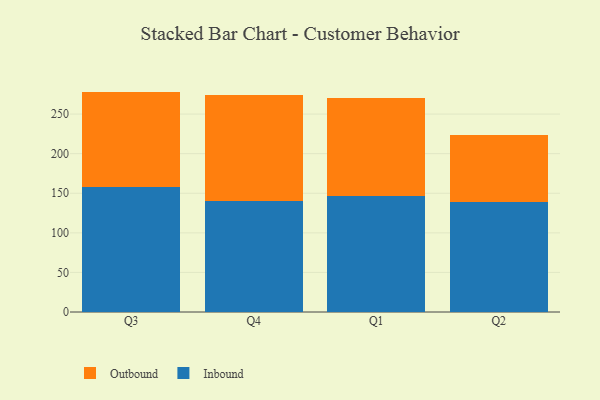
{"axis": {"x": "Quarter", "y": "Temperature (°C)"}, "legend": ["Inbound", "Outbound"], "data": [{"x": "Q3", "y": 157.9, "type": "Inbound"}, {"x": "Q3", "y": 120.5, "type": "Outbound"}, {"x": "Q4", "y": 140.5, "type": "Inbound"}, {"x": "Q4", "y": 133.7, "type": "Outbound"}, {"x": "Q1", "y": 146.3, "type": "Inbound"}, {"x": "Q1", "y": 124.3, "type": "Outbound"}, {"x": "Q2", "y": 138.8, "type": "Inbound"}, {"x": "Q2", "y": 84.7, "type": "Outbound"}]}